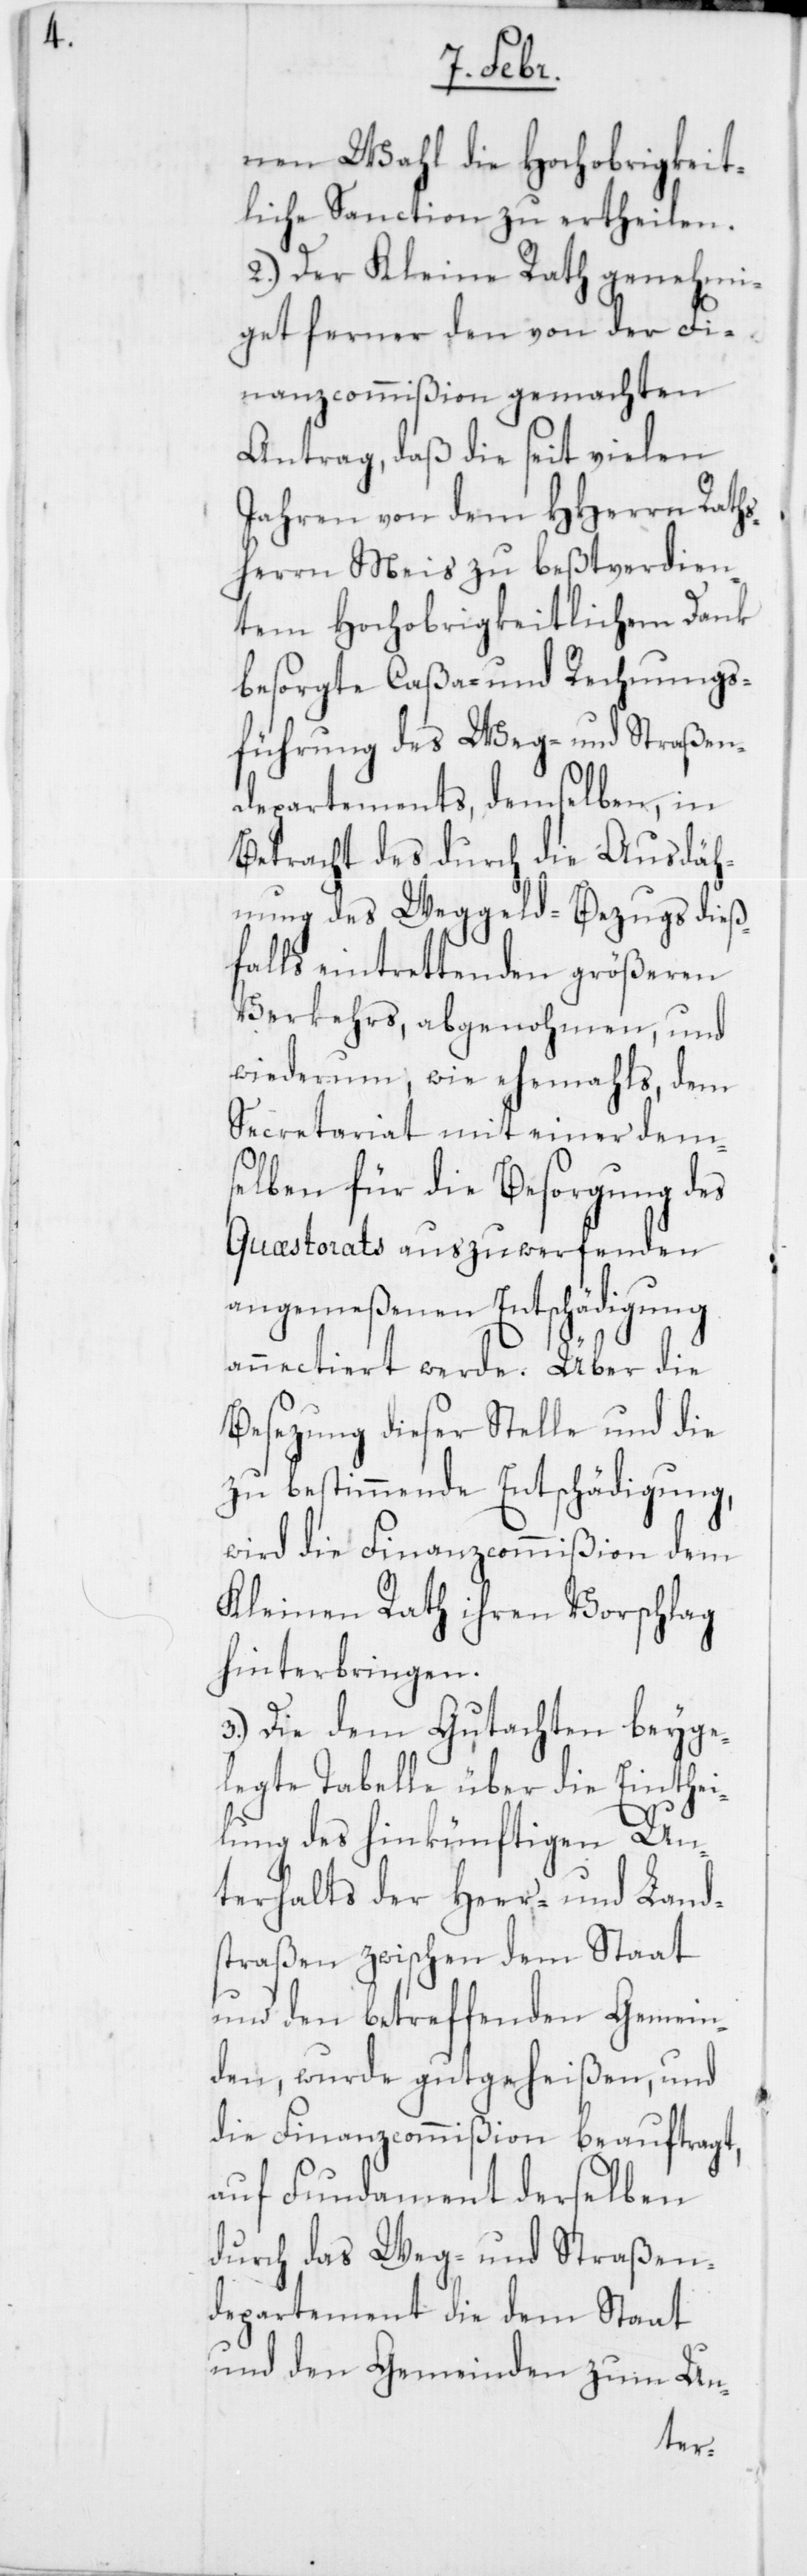
nen Wahl die Hochobrigkeit¬
liche Sanction zu ertheilen.
2.) Der Kleine Rath genehmi¬
get ferner den von der Fi¬
nanzcommißion gemachten
Antrag, daß die seit vielen
Jahren von dem HHerrn Raths¬
herrn Meis zu beßtverdien¬
tem Hochobrigkeitlichem Dank
besorgte Caßa- und Rechnungs¬
führung des Weg- und Straßen¬
departements, demselben in
Betracht des durch die Ausdäh¬
nung des Weggeld-Bezugs dieß¬
falls eintrettenden größeren
Verkehrs, abgenohmen, und
wiederum, wie ehemahls, dem
Secretariat mit einer dem¬
selben für die Besorgung des
Quæstorats auszuwerfenden
angemeßenen Entschädigung
annectiert werde. Über die
Besezung dieser Stelle und die
zu bestimmende Entschädigung,
wird die Finanzcommißion dem
Kleinen Rath ihren Vorschlag
hinterbringen.
3.) Die dem Gutachten beyge¬
legte Tabelle über die Einthei¬
lung des hinkünftigen Un¬
terhalts der Heer- und Land¬
straßen zwischen dem Staat
und den betreffenden Gemein¬
den, wurde gutgeheißen, und
die Finanzcommißion beauftragt,
auf Fundament derselben
durch das Weg- und Straßen¬
departement die dem Staat
und den Gemeinden zum Un-